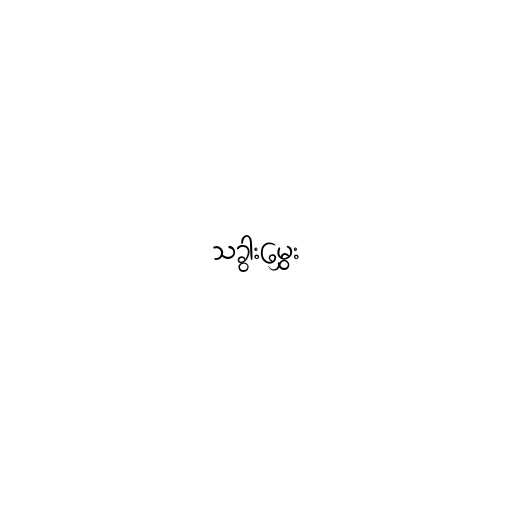
သခွားမွှေး